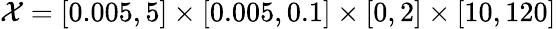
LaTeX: \mathcal{X}=[0.005,5]\times[0.005,0.1]\times[0,2]\times[10,120]